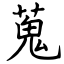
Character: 蒐